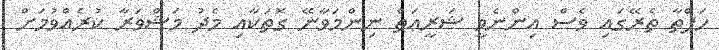
ހަފްތާ ތެރޭގައި ވެސް އިންނެވީ ޝަރީޢަތް ނިންމަވާނޭ ގޮތަކާއި މެދު މަޝްވަރާ ކުރެއްވުމަށް